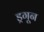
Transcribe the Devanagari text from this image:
ड्रगून